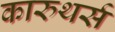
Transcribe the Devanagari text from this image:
कारुथर्स